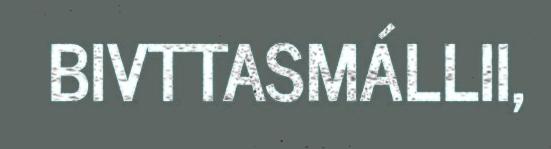
BIVTTASMÁLLII,